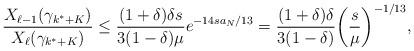
LaTeX: \begin{align*}\frac{X_{\ell-1}(\gamma_{k^* + K})}{X_{\ell}(\gamma_{k^* + K})} \leq \frac{(1 + \delta) \delta s}{3 (1 - \delta) \mu} e^{-14s a_N/13} = \frac{(1 + \delta) \delta}{3(1 - \delta)} \bigg( \frac{s}{\mu} \bigg)^{-1/13},\end{align*}